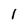
Character: 1